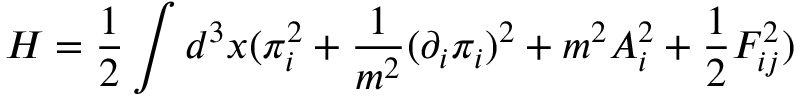
H = \frac { 1 } { 2 } \int d ^ { 3 } x ( \pi _ { i } ^ { 2 } + \frac { 1 } { m ^ { 2 } } ( \partial _ { i } \pi _ { i } ) ^ { 2 } + m ^ { 2 } A _ { i } ^ { 2 } + \frac { 1 } { 2 } F _ { i j } ^ { 2 } ) \nonumber